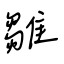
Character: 雛